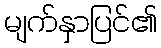
မျက်နှာပြင်၏